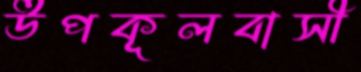
উপকূলবাসী